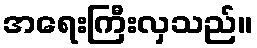
အရေးကြီးလှသည်။